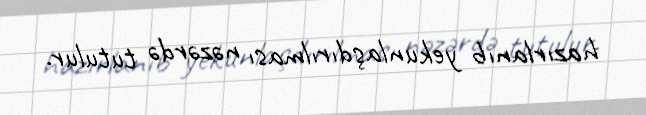
hazırlanıb yekunlaşdırılması nəzərdə tutulur.